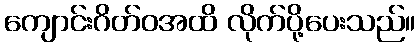
ကျောင်းဂိတ်ဝအထိ လိုက်ပို့ပေးသည်။